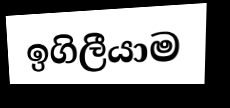
ඉගිලීයාම